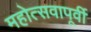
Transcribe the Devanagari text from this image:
महोत्सवापूर्वी